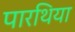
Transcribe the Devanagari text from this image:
पारथिया